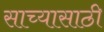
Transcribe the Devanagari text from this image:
साच्यासाठी